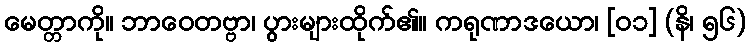
မေတ္တာကို။ ဘာဝေတဗ္ဗာ၊ ပွားများထိုက်၏။ ကရုဏာဒယော၊ [၀၁] (နိ၊ ၅၆)